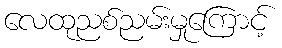
လေထုညစ်ညမ်းမှုကြောင့်